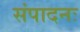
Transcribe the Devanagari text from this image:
संपादनः